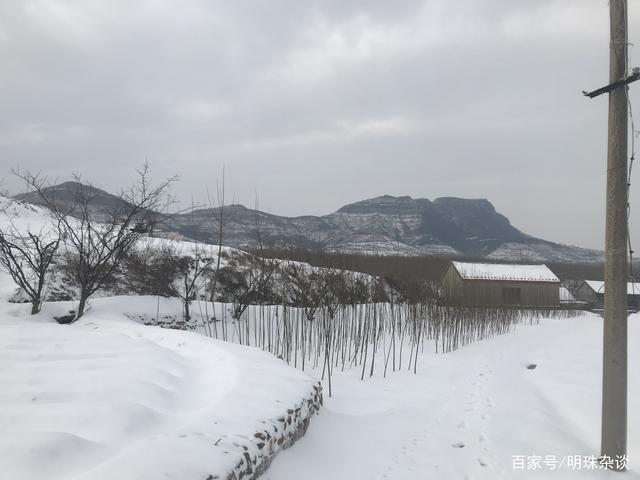
横笛闻声不见人，红旗直上天山雪。